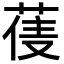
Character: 𮏼